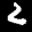
Label: 2